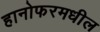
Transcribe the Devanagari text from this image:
हानोफरमधील